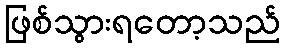
ဖြစ်သွားရတော့သည်